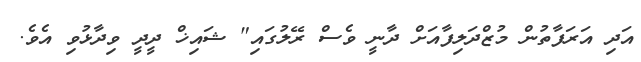
އަދި އަރަފާތުން މުޒްދަލިފާއަށް ދާނީ ވެސް ރޭލުގައި" ޝައިޚް ދީދީ ވިދާޅުވި އެވެ.